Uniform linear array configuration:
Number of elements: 32
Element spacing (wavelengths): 1
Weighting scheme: exponential
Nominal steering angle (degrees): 30
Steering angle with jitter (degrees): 29.644
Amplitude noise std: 0.05
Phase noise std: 0.05

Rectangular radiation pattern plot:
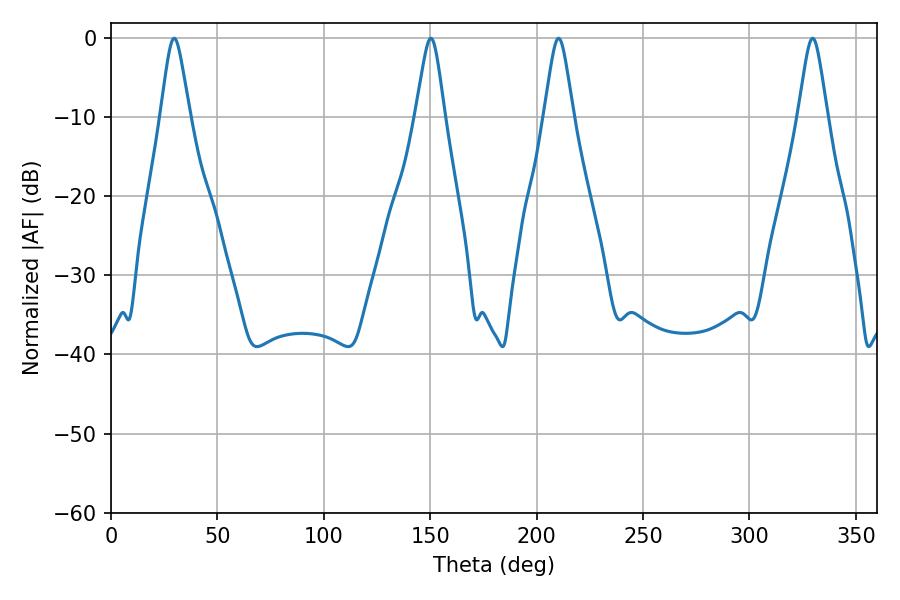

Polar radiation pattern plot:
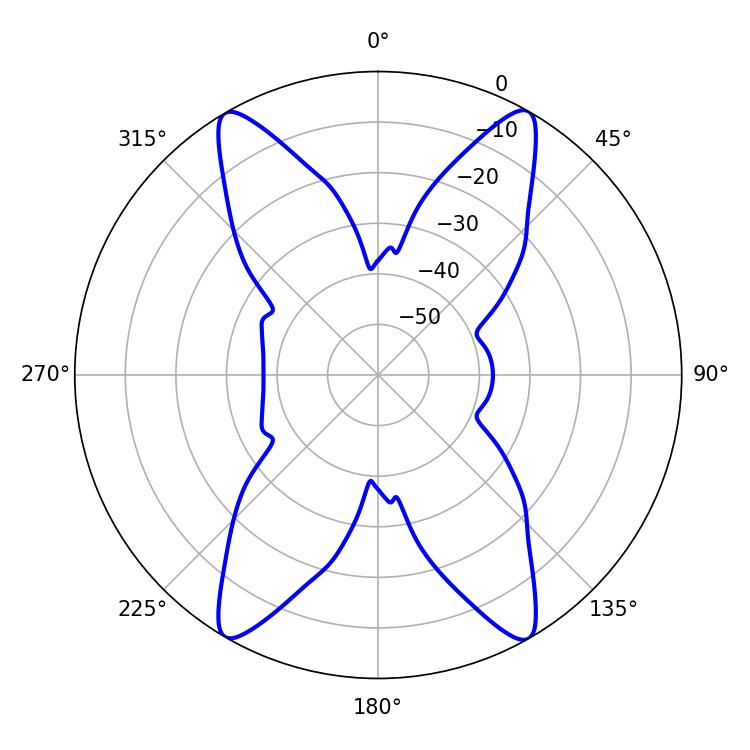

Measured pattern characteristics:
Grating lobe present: TRUE
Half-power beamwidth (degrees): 6.66
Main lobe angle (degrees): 29.7